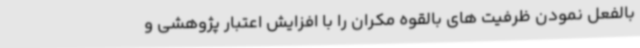
بالفعل نمودن ظرفیت های بالقوه مکران را با افزایش اعتبار پژوهشی و